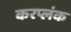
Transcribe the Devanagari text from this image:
करप्लंक